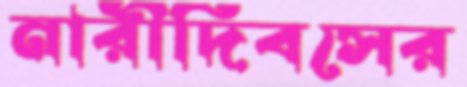
নারীদিবসের